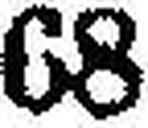
68